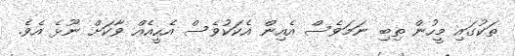
ތަކުގައި މީހުން ތިބި ނަމަވެސް އެއިން އެކަކުވެސް އެހީއެއް ވާކަށް ނޫޅެ އެވެ.